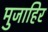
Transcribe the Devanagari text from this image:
मुजाहिर